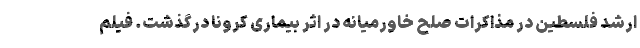
ارشد فلسطین در مذاکرات صلح خاورمیانه در اثر بیماری کرونا درگذشت. فیلم